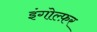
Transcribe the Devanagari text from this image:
इंगोल्फ़र